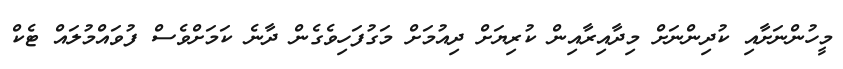
މީހުންނަށާއި ކުދިންނަށް މިދާއިރާއިން ކުރިޔަށް ދިއުމަށް މަގުފަހިވެގެން ދާނެ ކަމަށްވެސް ފުވައްމުލައް ޓެކް